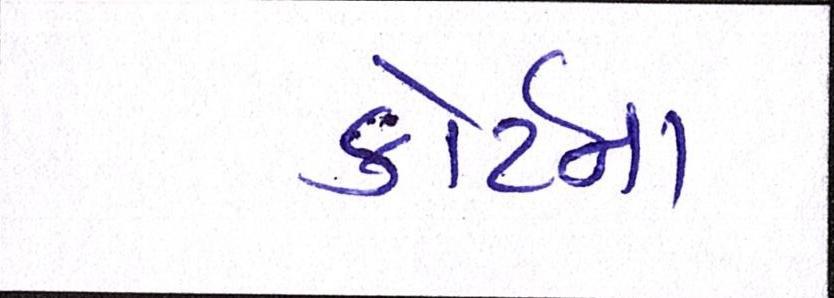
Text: કોર્ટના